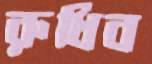
রুধিব